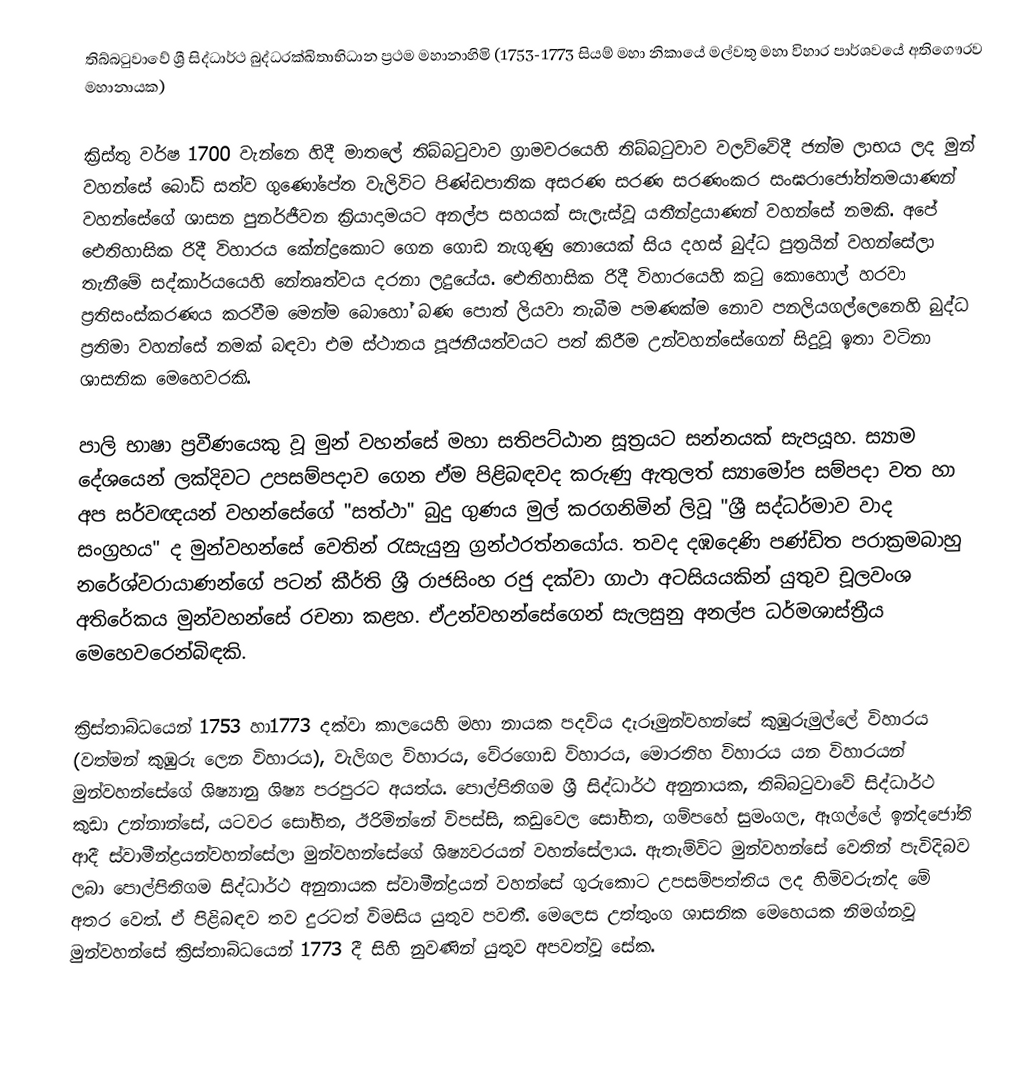
තිබ්බටුවාවේ ශ්‍රී සිද්ධාර්ථ බුද්ධරක්ඛිතාභිධාන ප්‍රථම මහානාහිමි (1753-1773 සියම් මහා නිකායේ මල්වතු මහා විහාර පාර්ශවයේ අතිගෞරව මහානායක)

ක්‍රිස්තු වර්ෂ  1700 වැන්නෙ හිදී මාතලේ තිබ්බටුවාව ග්‍රාමවරයෙහි තිබ්බටුවාව වලව්වේදී ජන්ම ලාභය ලද මුන් වහන්සේ බෝධි සත්ව ගුණෝපේත වැලිවිට පිණ්ඩපාතික අසරණ සරණ සරණංකර සංඝරාජෝත්තමයාණන් වහන්සේගේ ශාසන පුනර්ජීවන ක්‍රියාදාමයට අනල්ප සහයක් සැලැස්වූ යතීන්ද්‍රයාණන් වහන්සේ නමකි. අපේ ඓතිහාසික රිදී විහාරය කේන්ද්‍රකොට ගෙන ගොඩ නැගුණු නොයෙක් සිය දහස් බුද්ධ පුත්‍රයින් වහන්සේලා තැනීමේ සද්කාර්යයෙහි නේතෘත්වය දරනා ලදුයේය. ඓතිහාසික රිදී විහාරයෙහි කටු කොහොල් හරවා ප්‍රතිසංස්කරණය කරවීම මෙන්ම බොහෝ බණ පොත් ලියවා තැබීම පමණක්ම නොව පනලියගල්ලෙනෙහි බුද්ධ ප්‍රතිමා වහන්සේ නමක් බඳවා එම ස්ථානය පූජනීයත්වයට පත් කිරීම උන්වහන්සේගෙන් සිදුවූ ඉතා වටිනා ශාසනික මෙහෙවරකි.

පාලි භාෂා ප්‍රවීණයෙකු වූ මුන් වහන්සේ මහා සතිපට්ඨාන සූත්‍රයට සන්නයක් සැපයූහ. ස්‍යාම දේශයෙන් ලක්දිවට උපසම්පදාව ගෙන ඒම පිළිබඳවද කරුණු ඇතුලත්  ස්‍යාමෝප සම්පදා වත හා අප සර්වඥයන් වහන්සේගේ "සත්ථා" බුදු ගුණය මුල් කරගනිමින් ලිවූ "ශ්‍රී සද්ධර්මාව වාද සංග්‍රහය" ද මුන්වහන්සේ වෙතින් රැසැයුනු ග්‍රන්ථරත්නයෝය. තවද දඹදෙණි පණ්ඩිත පරාක්‍රමබාහු නරේශ්වරායාණන්ගේ පටන් කීර්ති ශ්‍රී රාජසිංහ රජු දක්වා ගාථා අටසියයකින් යුතුව චූලවංශ අතිරේකය මුන්වහන්සේ රචනා කළහ. ඒඋන්වහන්සේගෙන් සැලසුනු අනල්ප ධර්මශාස්ත්‍රීය මෙහෙවරෙන්බිඳකි.

ක්‍රිස්තාබ්ධයෙන් 1753 හා1773 දක්වා කාලයෙහි මහා නායක පදවිය දැරූමුන්වහන්සේ කුඹුරුමුල්ලේ විහාරය (වත්මන් කුඹුරු ලෙන විහාරය), වැලිගල විහාරය, වේරගොඩ විහාරය, මොරතිහ විහාරය යන විහාරයන් මුන්වහන්සේගේ ශිෂ්‍යානු ශිෂ්‍ය පරපුරට අයත්ය. පොල්පිතිගම ශ්‍රී සිද්ධාර්ථ අනුනායක, තිබ්බටුවාවේ සිද්ධාර්ථ කුඩා උන්නාන්සේ, යටවර සෝභිත, ඊරිමින්නේ විපස්සි, කඩුවෙල සෝභිත, ගම්පහේ සුමංගල, ඈගල්ලේ ඉන්දජෝති ආදී ස්වාමීන්ද්‍රයන්වහන්සේලා මුන්වහන්සේගේ ශිෂ්‍යවරයන් වහන්සේලාය. ඇතැම්විට මුන්වහන්සේ වෙතින් පැවිදිබව ලබා පොල්පිතිගම සිද්ධාර්ථ අනුනායක ස්වාමීන්ද්‍රයන් වහන්සේ ගුරුකොට උපසම්පත්තිය ලද හිමිවරුන්ද මේ අතර වෙත්. ඒ පිළිබඳව තව දුරටත් විමසිය යුතුව පවතී. මෙලෙස උත්තුංග ශාසනික මෙහෙයක නිමග්නවූ මුන්වහන්සේ ක්‍රිස්තාබ්ධයෙන් 1773 දී සිහි නුවණින් යුතුව අපවත්වූ සේක.